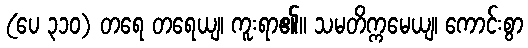
(ပေ ၃၁၀) တရေ တရေယျ၊ ကူးရာ၏။ သမတိက္ကမေယျ၊ ကောင်းစွာ